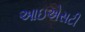
આઇએસટી